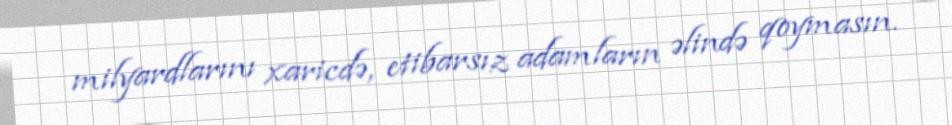
milyardlarını xaricdə, etibarsız adamların əlində qoymasın.